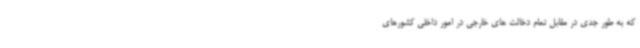
که به طور جدی در مقابل تمام دخالت های خارجی در امور داخلی کشورهای